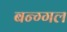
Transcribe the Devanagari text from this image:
बन्ग्गल